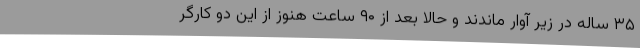
۳۵ ساله در زیر آوار ماندند و حالا بعد از ۹۰ ساعت هنوز از این دو کارگر